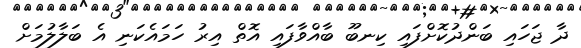
ދާ ޖަހައި ބަންދުކޮށްފައި ކިނބޫ ބާއްވާފައި އޮތް އިރު ހަމައެކަނި އެ ބަލާލުމަށް